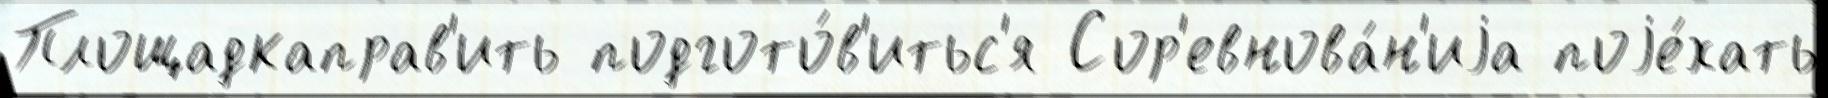
Площадкаправ'ить подгото́в'итьс'я Сор'евнова́н'иjа поjе́хать